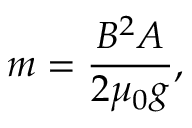
m = { \frac { B ^ { 2 } A } { 2 \mu _ { 0 } g } } ,